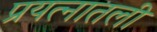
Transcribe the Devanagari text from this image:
प्रयत्नातली